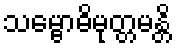
သမ္ဗောဓိမုတ္တမန္တိ